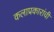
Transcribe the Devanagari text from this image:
कलाप्रकारांची